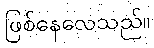
ဖြစ်နေလေသည်။